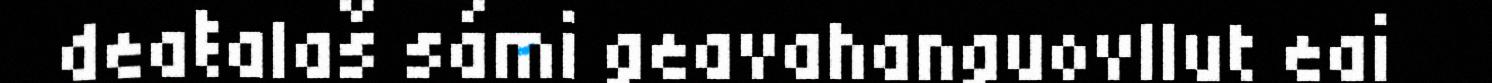
deaŧalaš sámi geavahanguovllut eai